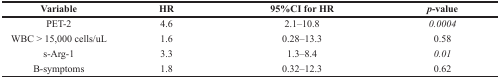
| Variable | HR | 95%CI for HR | p-value |
 | --- | --- | --- | --- |
 | PET-2 | 4.6 | 2.1–10.8 | 0.0004 |
 | WBC > 15,000 cells/uL | 1.6 | 0.28–13.3 | 0.58 |
 | s-Arg-1 | 3.3 | 1.3–8.4 | 0.01 |
 | B-symptoms | 1.8 | 0.32–12.3 | 0.62 |